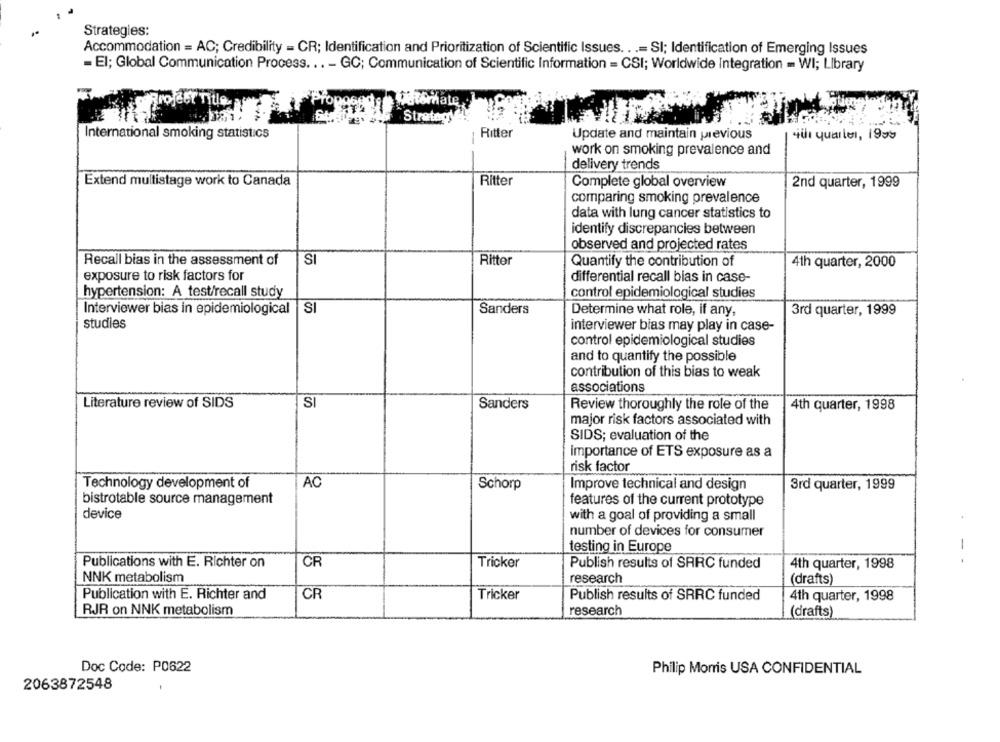
Strategies:
Accommodation = AC; Credibility = CR; Identification and Prioritization of Scientific Issues .. .= SI; Identification of Emerging Issues
= El; Global Communication Process ... - GC; Communication of Scientific Information = CSI; Worldwide Integration - WI; Library
Profect Title a
Prop
Remate
Strategy
International smoking statistics
Ritter
-
Update and maintain previous
qui quarle, 1995
work on smoking prevalence and
delivery trends
Extend multistage work to Canada
Ritter
Complete global overview
2nd quarter, 1999
comparing smoking prevalence
data with lung cancer statistics to
identify discrepancies between
observed and projected rates
SI
Recall bias in the assessment of
Ritter
Quantify the contribution of
4th quarter, 2000
exposure to risk factors for
differential recall bias in case-
hypertension: A test/recall study
control epidemiological studies
Interviewer bias in epidemiological |SI
Sanders
Determine what role, if any,
3rd quarter, 1999
studies
interviewer bias may play in case-
control epidemiological studies
and to quantify the possible
contribution of this bias to weak
associations
Literature review of SIDS
SI
Sanders
Review thoroughly the role of the
4th quarter, 1998
major risk factors associated with
SIDS; evaluation of the
importance of ETS exposure as a
risk factor
AC
Technology development of
Schorp
Improve technical and design
3rd quarter, 1999
bistrotable source management
features of the current prototype
device
with a goal of providing a small
number of devices for consumer
testing in Europe
Publications with E. Richter on
CR
Tricker
Publish results of SARC funded
4th quarter, 1998
--
NNK metabolism
(drafts)
research
CR
Publication with E. Richter and
Tricker
Publish results of SRRC funded
4th quarter, 1998
RJR on NNK metabolism
research
(drafts)
Doc Code: P0622
Philip Morris USA CONFIDENTIAL
2063872548